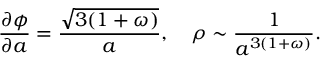
\frac { \partial \phi } { \partial a } = \frac { \sqrt { 3 ( 1 + \omega ) } } { a } , ~ ~ ~ \rho \sim \frac { 1 } { a ^ { 3 ( 1 + \omega ) } } .